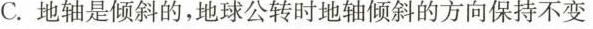
C.地轴是倾斜的，地球公转时地轴倾斜的方向保持不变